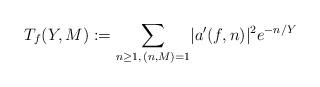
LaTeX: \begin{align*}T_f(Y, M) &:= \underset{n \ge 1, \, (n,M)=1}{\sum}|a'(f,n)|^{2}e^{-n/Y} \end{align*}